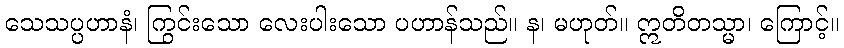
သေသပ္ပဟာနံ၊ ကြွင်းသော လေးပါးသော ပဟာန်သည်။ န၊ မဟုတ်။ ဣတိတသ္မာ၊ ကြောင့်။